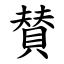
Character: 賛